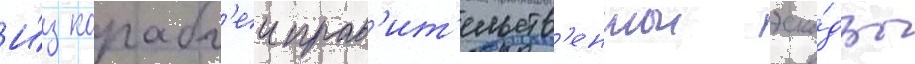
И́з корабл'еи прав'ит'ельств'еннои эска́дры